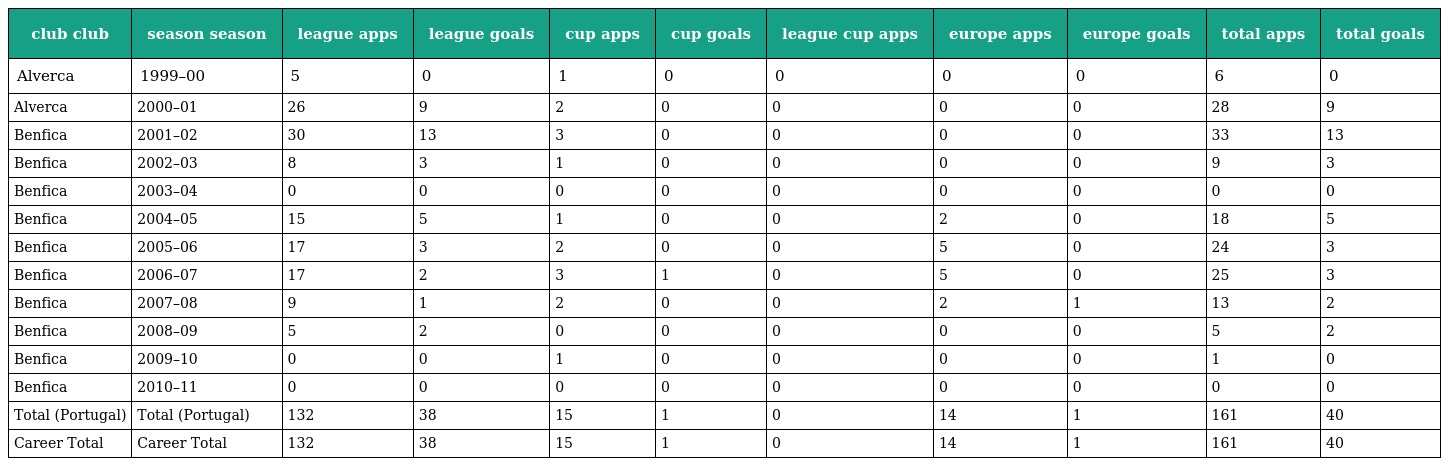
| club club | season season | league apps | league goals | cup apps | cup goals | league cup apps | europe apps | europe goals | total apps | total goals |
 | --- | --- | --- | --- | --- | --- | --- | --- | --- | --- | --- |
 | Alverca | 1999–00 | 5 | 0 | 1 | 0 | 0 | 0 | 0 | 6 | 0 |
 | Alverca | 2000–01 | 26 | 9 | 2 | 0 | 0 | 0 | 0 | 28 | 9 |
 | Benfica | 2001–02 | 30 | 13 | 3 | 0 | 0 | 0 | 0 | 33 | 13 |
 | Benfica | 2002–03 | 8 | 3 | 1 | 0 | 0 | 0 | 0 | 9 | 3 |
 | Benfica | 2003–04 | 0 | 0 | 0 | 0 | 0 | 0 | 0 | 0 | 0 |
 | Benfica | 2004–05 | 15 | 5 | 1 | 0 | 0 | 2 | 0 | 18 | 5 |
 | Benfica | 2005–06 | 17 | 3 | 2 | 0 | 0 | 5 | 0 | 24 | 3 |
 | Benfica | 2006–07 | 17 | 2 | 3 | 1 | 0 | 5 | 0 | 25 | 3 |
 | Benfica | 2007–08 | 9 | 1 | 2 | 0 | 0 | 2 | 1 | 13 | 2 |
 | Benfica | 2008–09 | 5 | 2 | 0 | 0 | 0 | 0 | 0 | 5 | 2 |
 | Benfica | 2009–10 | 0 | 0 | 1 | 0 | 0 | 0 | 0 | 1 | 0 |
 | Benfica | 2010–11 | 0 | 0 | 0 | 0 | 0 | 0 | 0 | 0 | 0 |
 | Total (Portugal) | Total (Portugal) | 132 | 38 | 15 | 1 | 0 | 14 | 1 | 161 | 40 |
 | Career Total | Career Total | 132 | 38 | 15 | 1 | 0 | 14 | 1 | 161 | 40 |